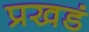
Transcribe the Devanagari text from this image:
प्रखडं